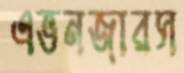
এভনজারস